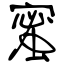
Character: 蜜